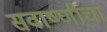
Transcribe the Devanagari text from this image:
सवाष्णीचा